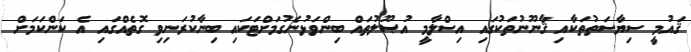
ޤައުމީ ސިޔާސަތުތަކާއި ޤާނޫނުތަކުގައި އިސްލާމީ އުޞޫލުތައް ބިންވަޅުނެގުމަށްޓަކައި ބިނާކުރަނިވި ގޮތެއްގައި އެ ކަންކަމަށް